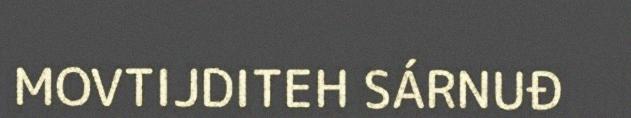
MOVTIJDITEH SÁRNUĐ